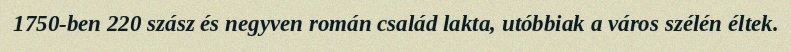
1750-ben 220 szász és negyven román család lakta, utóbbiak a város szélén éltek.